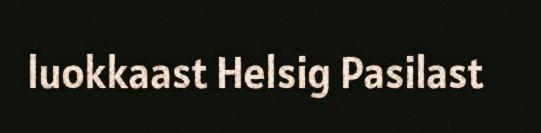
luokkaast Helsig Pasilast